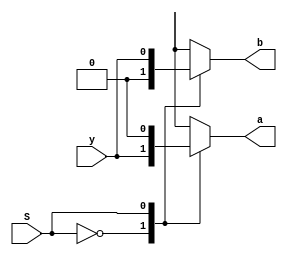
module demux_1x2 (
    input wire y,
    input wire S,
    output reg a,
    output reg b
);

always @(*)begin
    //Default values 
    a = 0;
    b = 0;

    //Decode the select line 
    case (S)
        1'b0: a = y;
        1'b1: b = y;
         
    endcase
end
endmodule